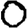
Digit: 0